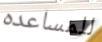
للمساعده